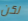
لكن